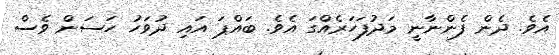
އެވެ. ދެން ފެންނާނީ މަދުފަހަރެއްގަ އެވެ. ބައްޕަ އައި ދުވަހު ހަސަން ވެސް